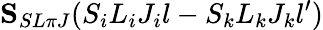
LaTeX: {\mathbf S}_{SL\pi J}(S_{i}L_{i}J_{i}l-S_{k}L_{k}J_{k}l^{\prime})